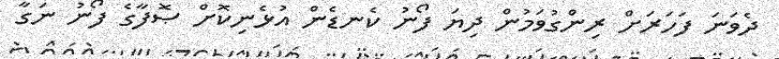
ދެވަނަ ފަހަރަށް ރިންގުވަމުން ދިޔަ ފޯނު ކެނޑެން އުޅެނިކޮށް ޞޮފާގެ ފޯނު ނަގާ